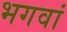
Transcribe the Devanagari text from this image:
भगवां